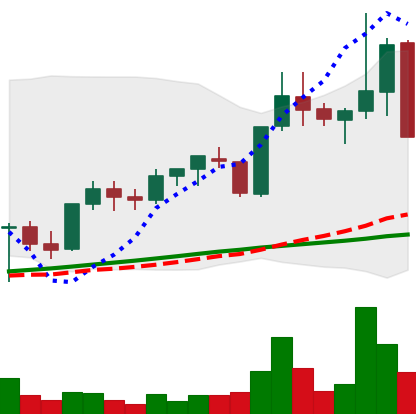
Ticker: XLM-USD
Chart end date: 2021-05-12
Forward return: 9.665%
Label: up_7plus